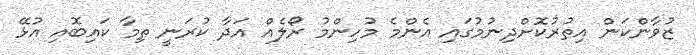
ޒުވާންކަން އިތުރުކޮށްދިނުމުގައި އެންމެ މުހިންމު ރޯލެއް އަދާ ކުރަނީ ތިމާ ކައިބޮއި އުޅޭ